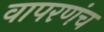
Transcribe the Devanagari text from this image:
वापरणंच